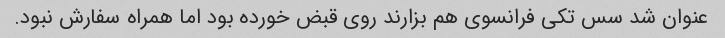
عنوان شد سس تکی فرانسوی هم بزارند روی قبض خورده بود اما همراه سفارش نبود.